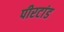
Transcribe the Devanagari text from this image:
पीरटांड